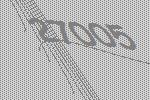
27005